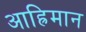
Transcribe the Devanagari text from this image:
आह्रिमान